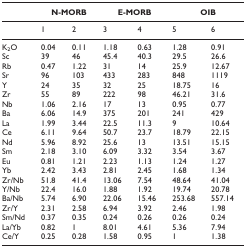
|  | <COLSPAN=2> N-MORB | <COLSPAN=2> E-MORB | <COLSPAN=2> OIB |
 | --- | --- | --- | --- | --- | --- | --- |
 |  | 1 | 2 | 3 | 4 | 5 | 6 |
 | K2O | 0.04 | 0.11 | 1.18 | 0.63 | 1.28 | 0.91 |
 | Sc | 39 | 46 | 45.4 | 40.3 | 29.5 | 26.6 |
 | Rb | 0.47 | 1.22 | 31 | 14 | 25.9 | 12.67 |
 | Sr | 96 | 103 | 433 | 283 | 848 | 1119 |
 | Y | 24 | 35 | 32 | 25 | 18.75 | 16 |
 | Zr | 55 | 89 | 222 | 98 | 46.21 | 31.6 |
 | Nb | 1.06 | 2.16 | 17 | 13 | 0.95 | 0.77 |
 | Ba | 6.06 | 14.9 | 375 | 201 | 241 | 429 |
 | La | 1.99 | 3.44 | 22.5 | 11.3 | 9 | 10.64 |
 | Ce | 6.11 | 9.64 | 50.7 | 23.7 | 18.79 | 22.15 |
 | Nd | 5.96 | 8.92 | 25.6 | 13 | 13.51 | 15.15 |
 | Sm | 2.18 | 3.10 | 6.09 | 3.32 | 3.54 | 3.67 |
 | Eu | 0.81 | 1.21 | 2.23 | 1.13 | 1.24 | 1.27 |
 | Yb | 2.42 | 3.43 | 2.81 | 2.45 | 1.68 | 1.34 |
 | Zr/Nb | 51.8 | 41.4 | 13.06 | 7.54 | 48.64 | 41.04 |
 | Y/Nb | 22.4 | 16.0 | 1.88 | 1.92 | 19.74 | 20.78 |
 | Ba/Nb | 5.74 | 6.90 | 22.06 | 15.46 | 253.68 | 557.14 |
 | Zr/Y | 2.31 | 2.58 | 6.94 | 3.92 | 2.46 | 1.98 |
 | Sm/Nd | 0.37 | 0.35 | 0.24 | 0.26 | 0.26 | 0.24 |
 | La/Yb | 0.82 | 1 | 8.01 | 4.61 | 5.36 | 7.94 |
 | Ce/Y | 0.25 | 0.28 | 1.58 | 0.95 | 1 | 1.38 |